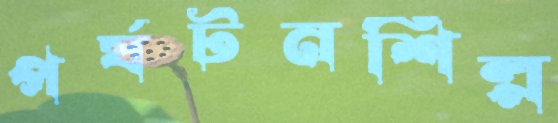
পর্যটনশিল্প